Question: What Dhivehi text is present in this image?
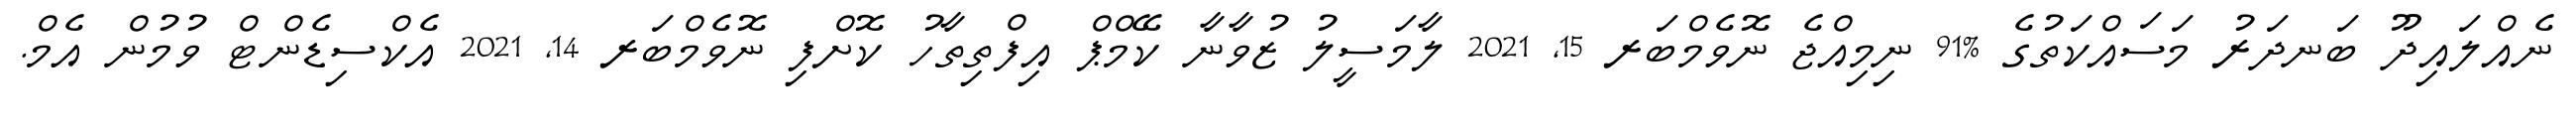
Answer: ނެއްލައިދޫ ބަނދަރު މަސައްކަތުގެ %91 ނިމިއްޖެ ނޮވެމްބަރ 15, 2021 ލާމަސީލު ޒުވާނާ ކޭމްޕް އިފްތިތާހު ކޮށްފި ނޮވެމްބަރ 14, 2021 އެކްސިޑެންޓް ވުމުން އެމް.